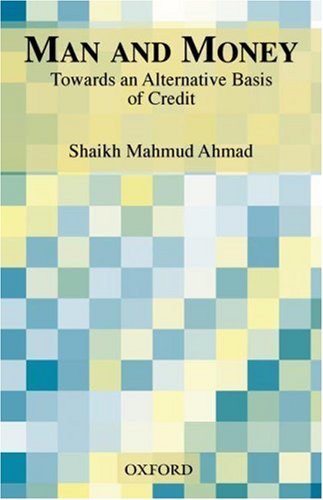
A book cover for Man and Money: Towards an Alternative Basis of Credit; Shaikh Mahmud Ahmad; Business & Money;